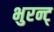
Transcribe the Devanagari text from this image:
भुरन्ट्